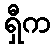
ရှီက